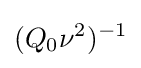
(Q_{0}\nu ^{2})^{-1}